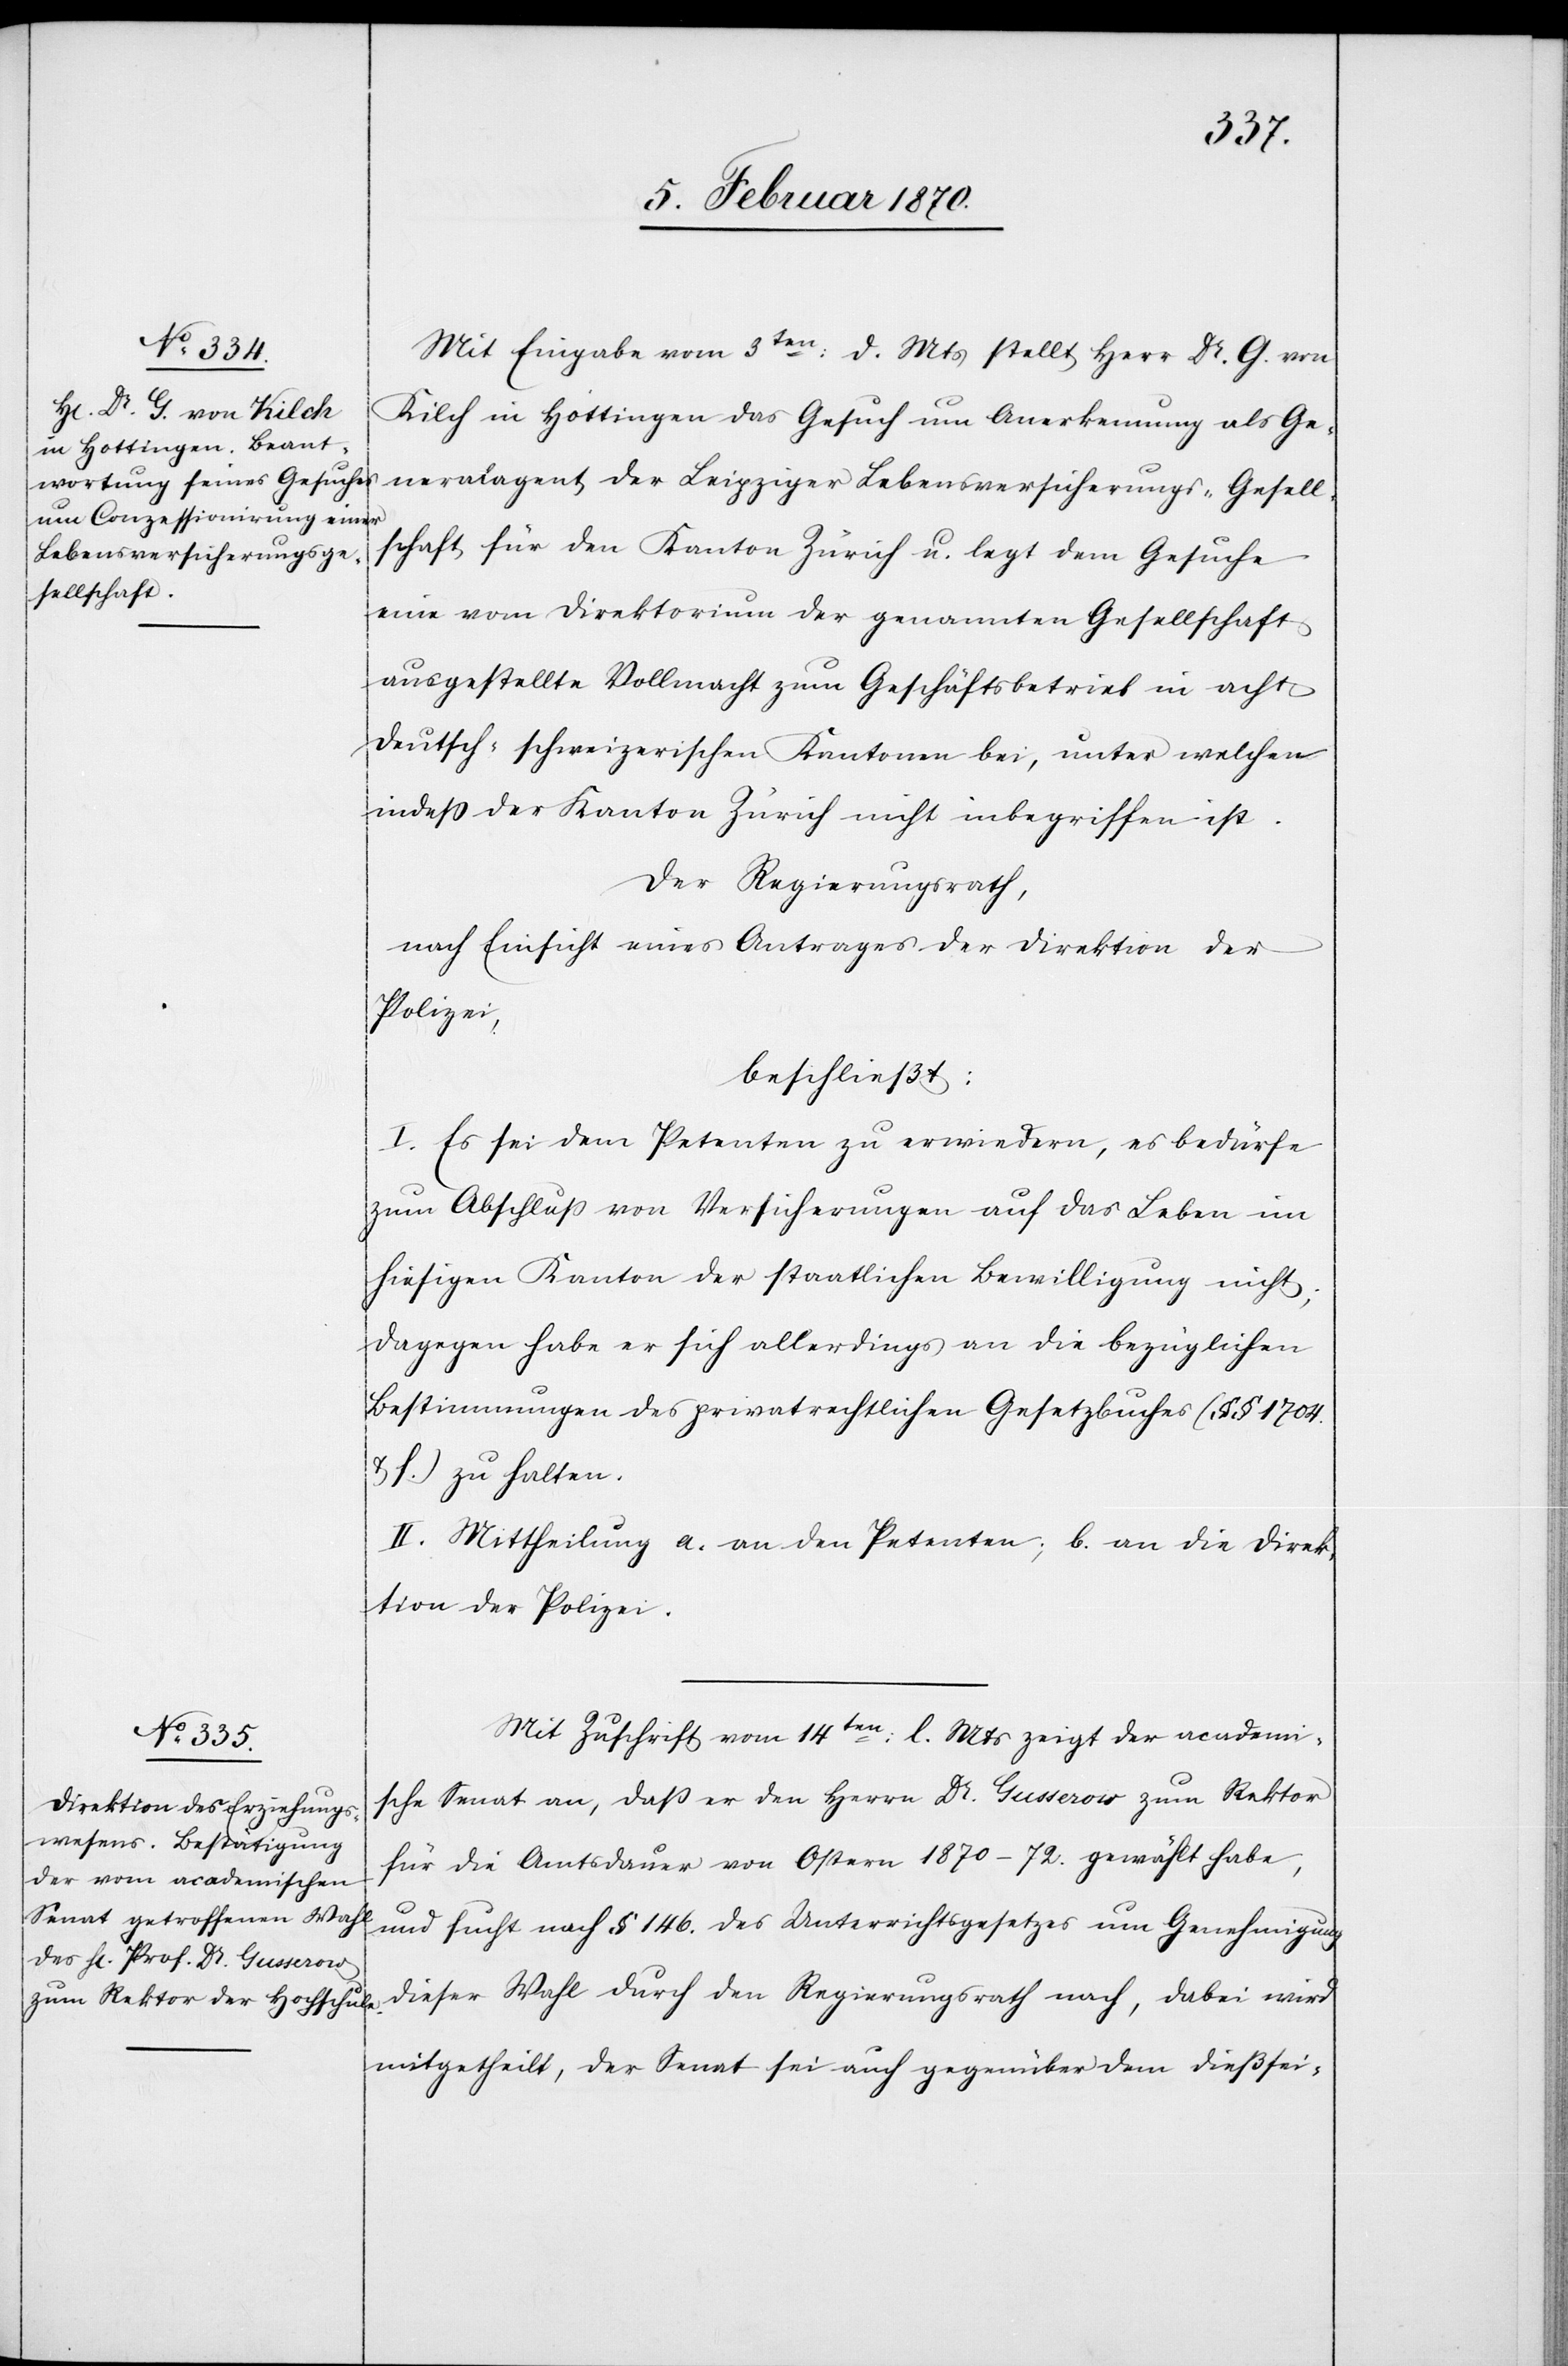
Mit Eingabe vom 3ten: d. Mts stellt Herr Dr. G. von
Kilch in Hottingen das Gesuch um Anerkennung als Ge¬
neralagent der Leipziger Lebensversicherungs-Gesell¬
schaft für den Kanton Zürich u. legt dem Gesuche
eine vom Direktorium der genannten Gesellschaft
ausgestellte Vollmacht zum Geschäftsbetrieb in acht
deutsch-schweizerischen Kantonen bei, unter welchen
indess der Kanton Zürich nicht inbegriffen ist.
Der Regierungsrath,
nach Einsicht eines Antrages der Direktion der
Polizei,
beschließt:
1. Es sei dem Petenten zu erwiedern, es bedürfe
zum Abschluß von Versicherungen auf das Leben im
hiesigen Kanton der staatlichen Bewilligung nicht;
dagegen habe er sich allerdings an die bezüglichen
Bestimmungen des privatrechtlichen Gesetzbuches (§§ 1704.
& f.) zu halten.
II. Mittheilung a. an den Petenten; b. an die Direk¬
tion der Polizei.
Mit Zuschrift vom 14ten: l. Mts zeigt der academi¬
sche Senat an, daß er den Herrn Dr. Gusserow zum Rektor
für die Amtsdauer von Ostern 1870–72. gewählt habe,
und sucht nach § 146. des Unterrichtsgesetzes um Genehmigung
dieser Wahl durch den Regierungsrath nach, dabei wird
mitgetheilt, der Senat sei auch gegenüber dem dießsei-